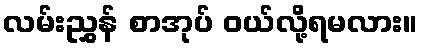
လမ်းညွှန် စာအုပ် ဝယ်လို့ရမလား။